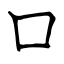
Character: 口